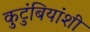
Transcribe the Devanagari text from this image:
कुटुंबियांशी